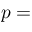
p =